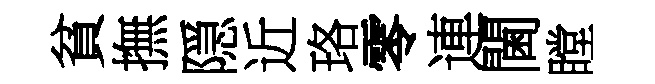
貧撫隠近珞零連閫瞠